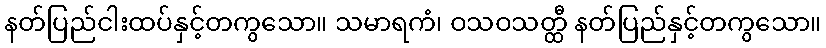
နတ်ပြည်ငါးထပ်နှင့်တကွသော။ သမာရကံ၊ ဝသဝသတ္ထီ နတ်ပြည်နှင့်တကွသော။